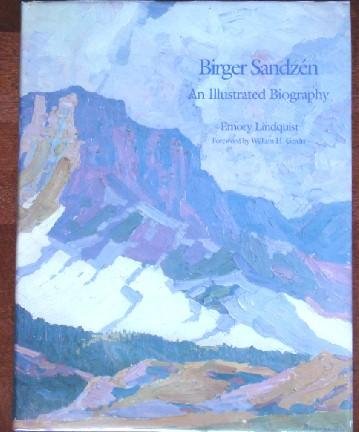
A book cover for Birger Sandzen: An Illustrated Biography; Emory Lindquist; Biographies & Memoirs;